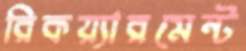
রিকয়্যারমেন্ট